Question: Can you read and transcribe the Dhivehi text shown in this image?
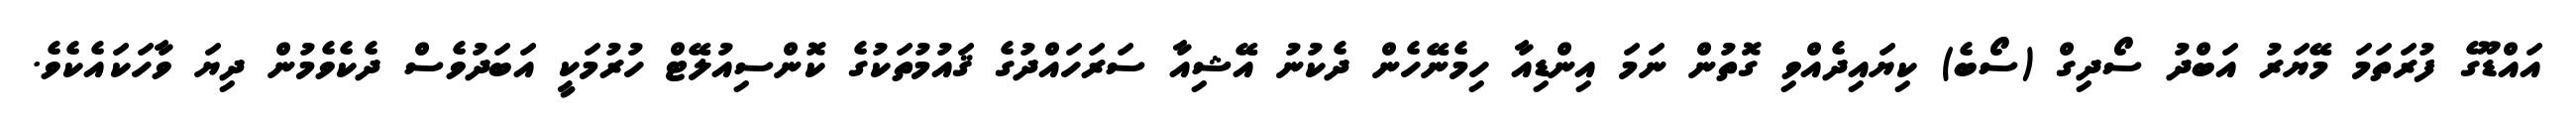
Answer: އައްޑޫގެ ފުރަތަމަ މޭޔަރު އަބްދު ސޯދިގް (ސޯބެ) ކިޔައިދެއްވި ގޮތުން ނަމަ އިންޑިއާ ހިމެނޭހެން ދެކުނު އޭޝިއާ ސަރަހައްދުގެ ޤައުމުތަކުގެ ކޮންސިއުލޭޓް ހުރުމަކީ އަބަދުވެސް ދެކެވެމުން ދިޔަ ވާހަކައެކެވެ.